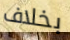
بخلاف